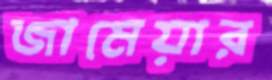
জামেয়ার